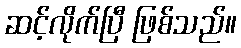
ဆင့်လိုက်ပြီ ဖြစ်သည်။